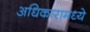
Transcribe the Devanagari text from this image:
अधिकारामध्ये